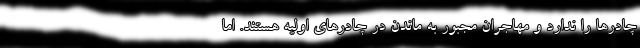
چادرها را ندارد و مهاجران مجبور به ماندن در چادرهای اولیه هستند. اما